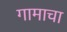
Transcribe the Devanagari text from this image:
गामाचा